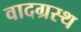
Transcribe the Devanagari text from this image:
वादग्रस्थ